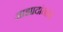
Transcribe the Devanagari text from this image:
आझादांनाच